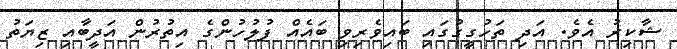
ޝާކިރު އެވެ. އަދި ތަހުގީގުގައި ބައިވެރިވި ބައެއް ފުލުހުންގެ އިތުރުން އަދީބާއި ޒިޔަތު